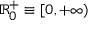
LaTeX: \scriptstyle \mathbb { R } _ { 0 } ^ { + } \; \equiv \; \left[ 0 , \, + \infty \right)